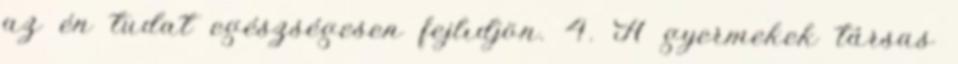
az én tudat egészségesen fejlıdjön. 4. A gyermekek társas